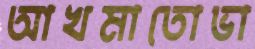
আখমাতোভা